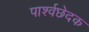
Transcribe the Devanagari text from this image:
पार्श्वछेदक